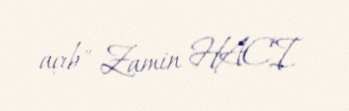
açıb" Zamin HACI.